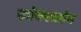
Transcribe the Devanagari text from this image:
फोक्स्कोन